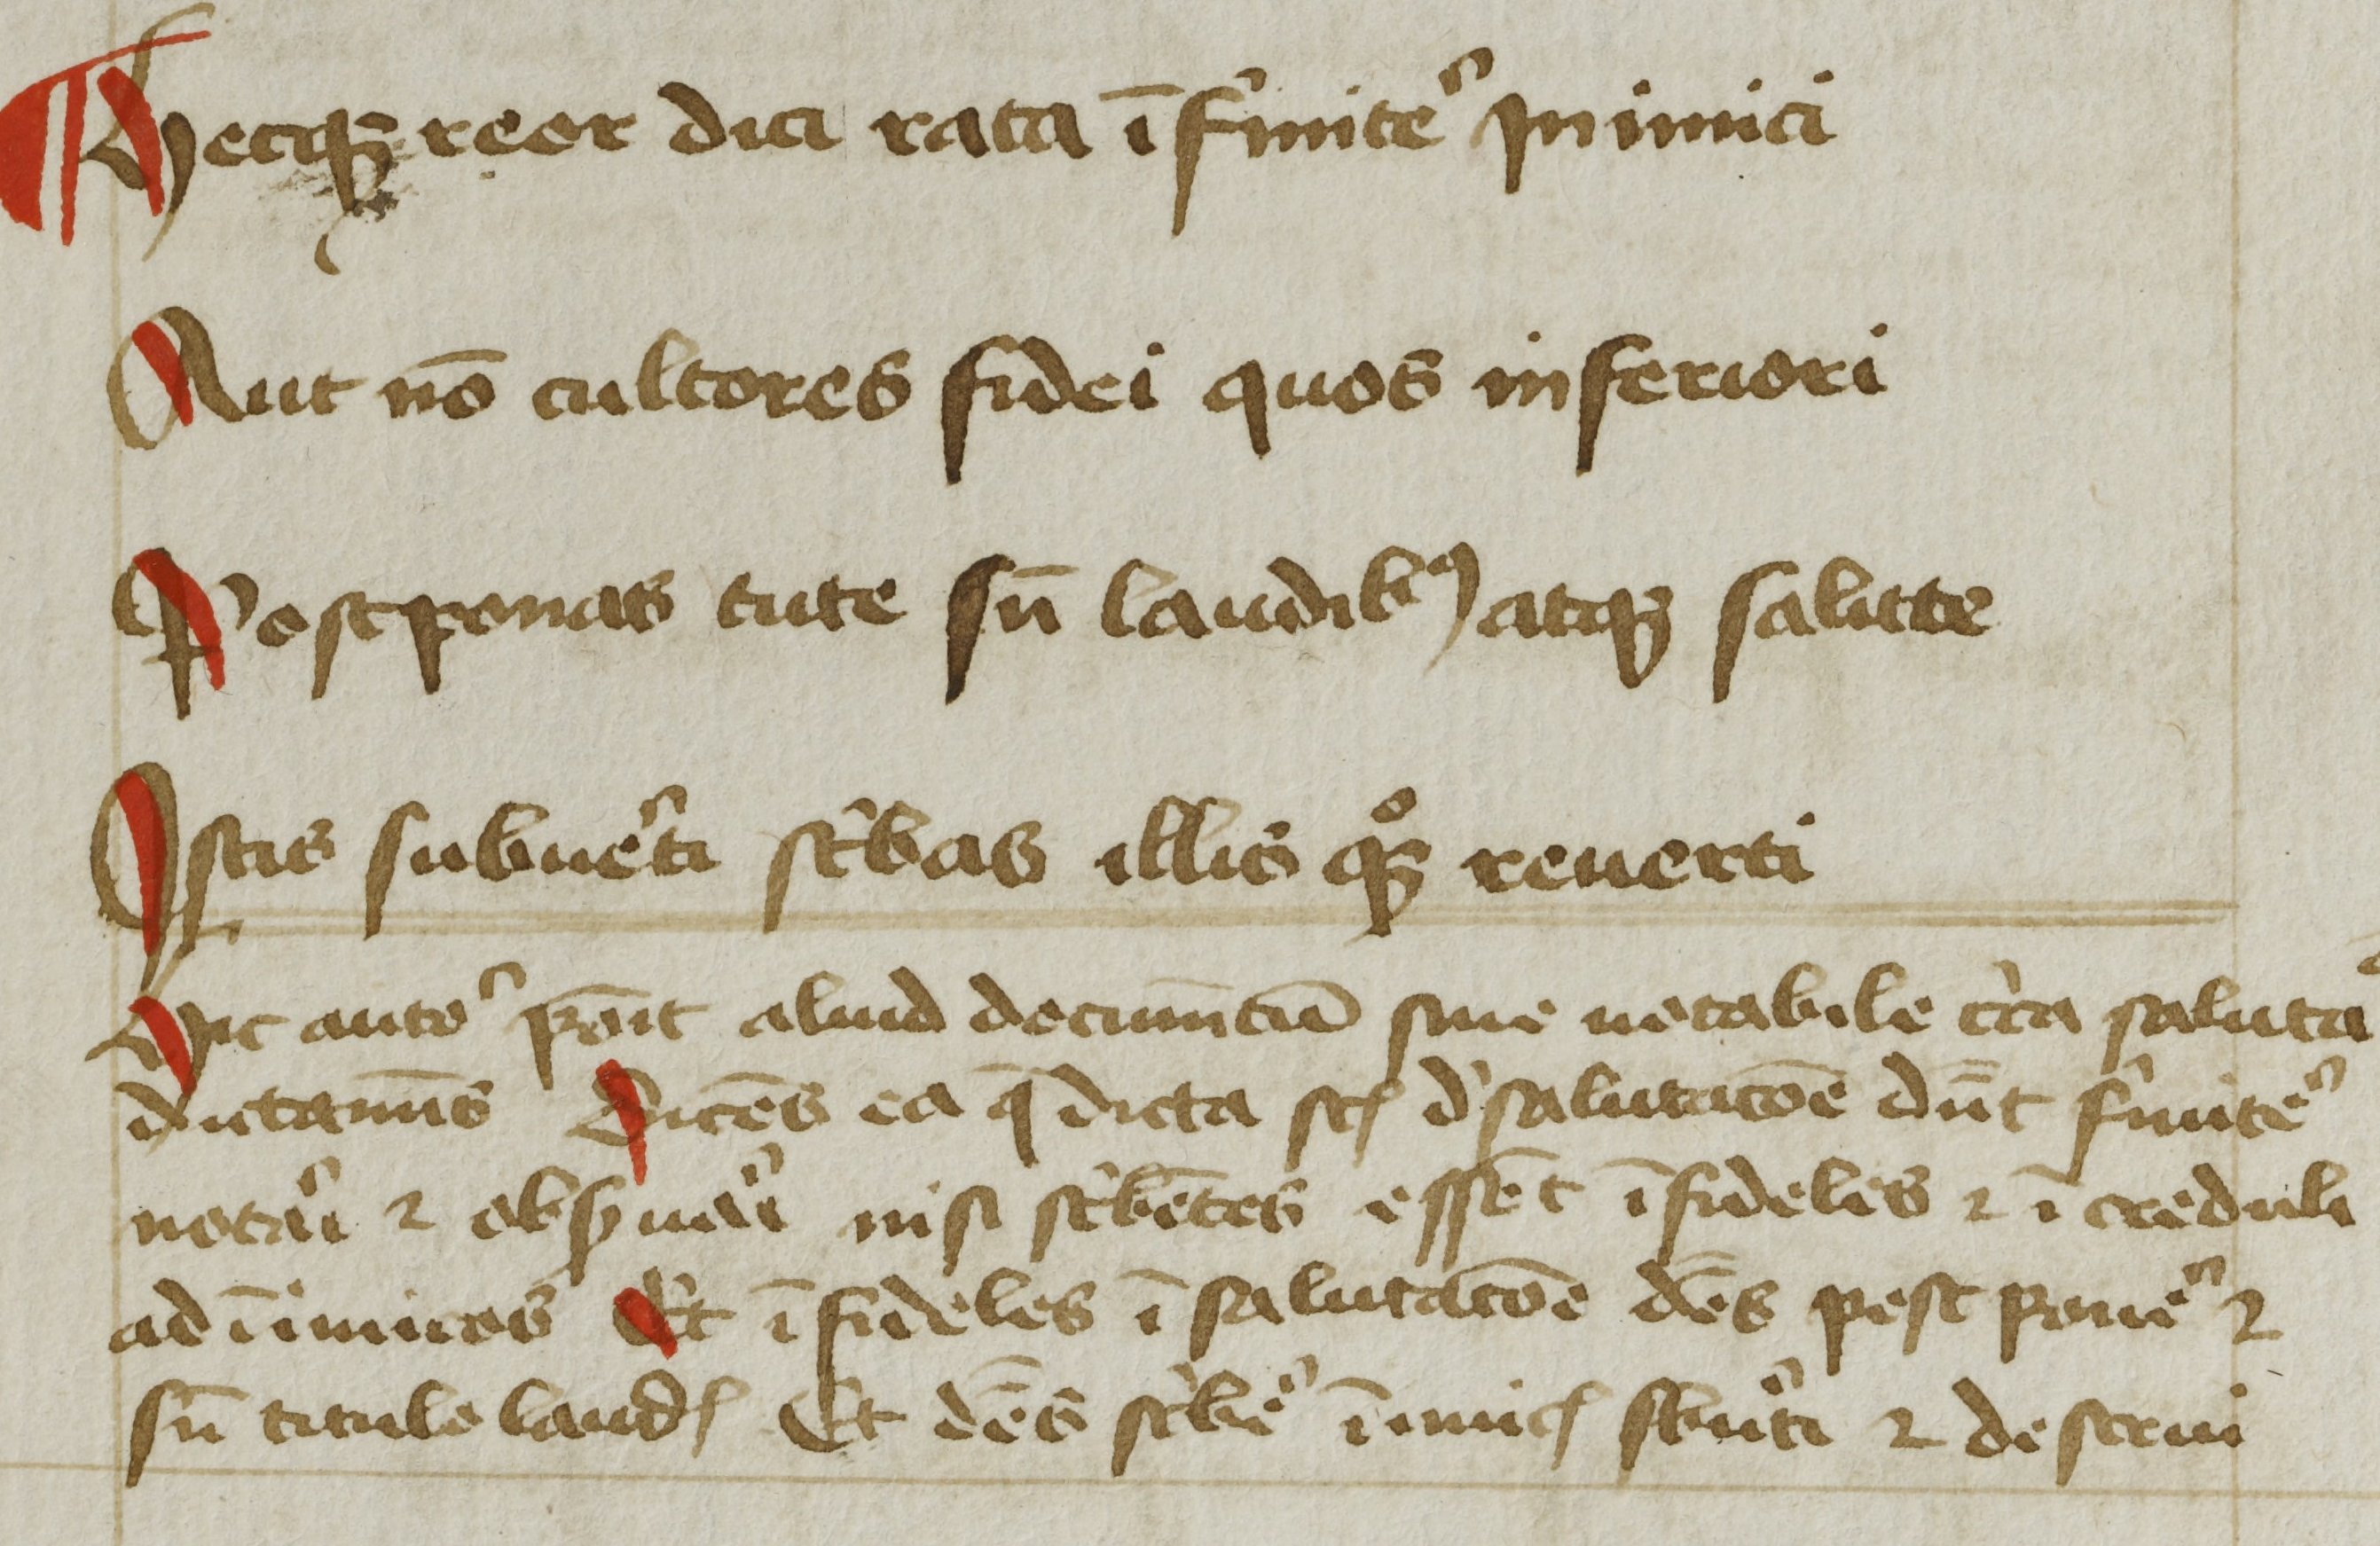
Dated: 1425–1449